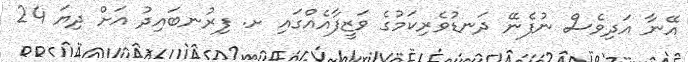
އޭނާ އަދިވެސް ނުފެނޭ ދަނޑުވެރިކަމުގެ ވަޒީފާއެއްގައި ށ. ފިރުނބައިދު އަށް ދިޔަ 24